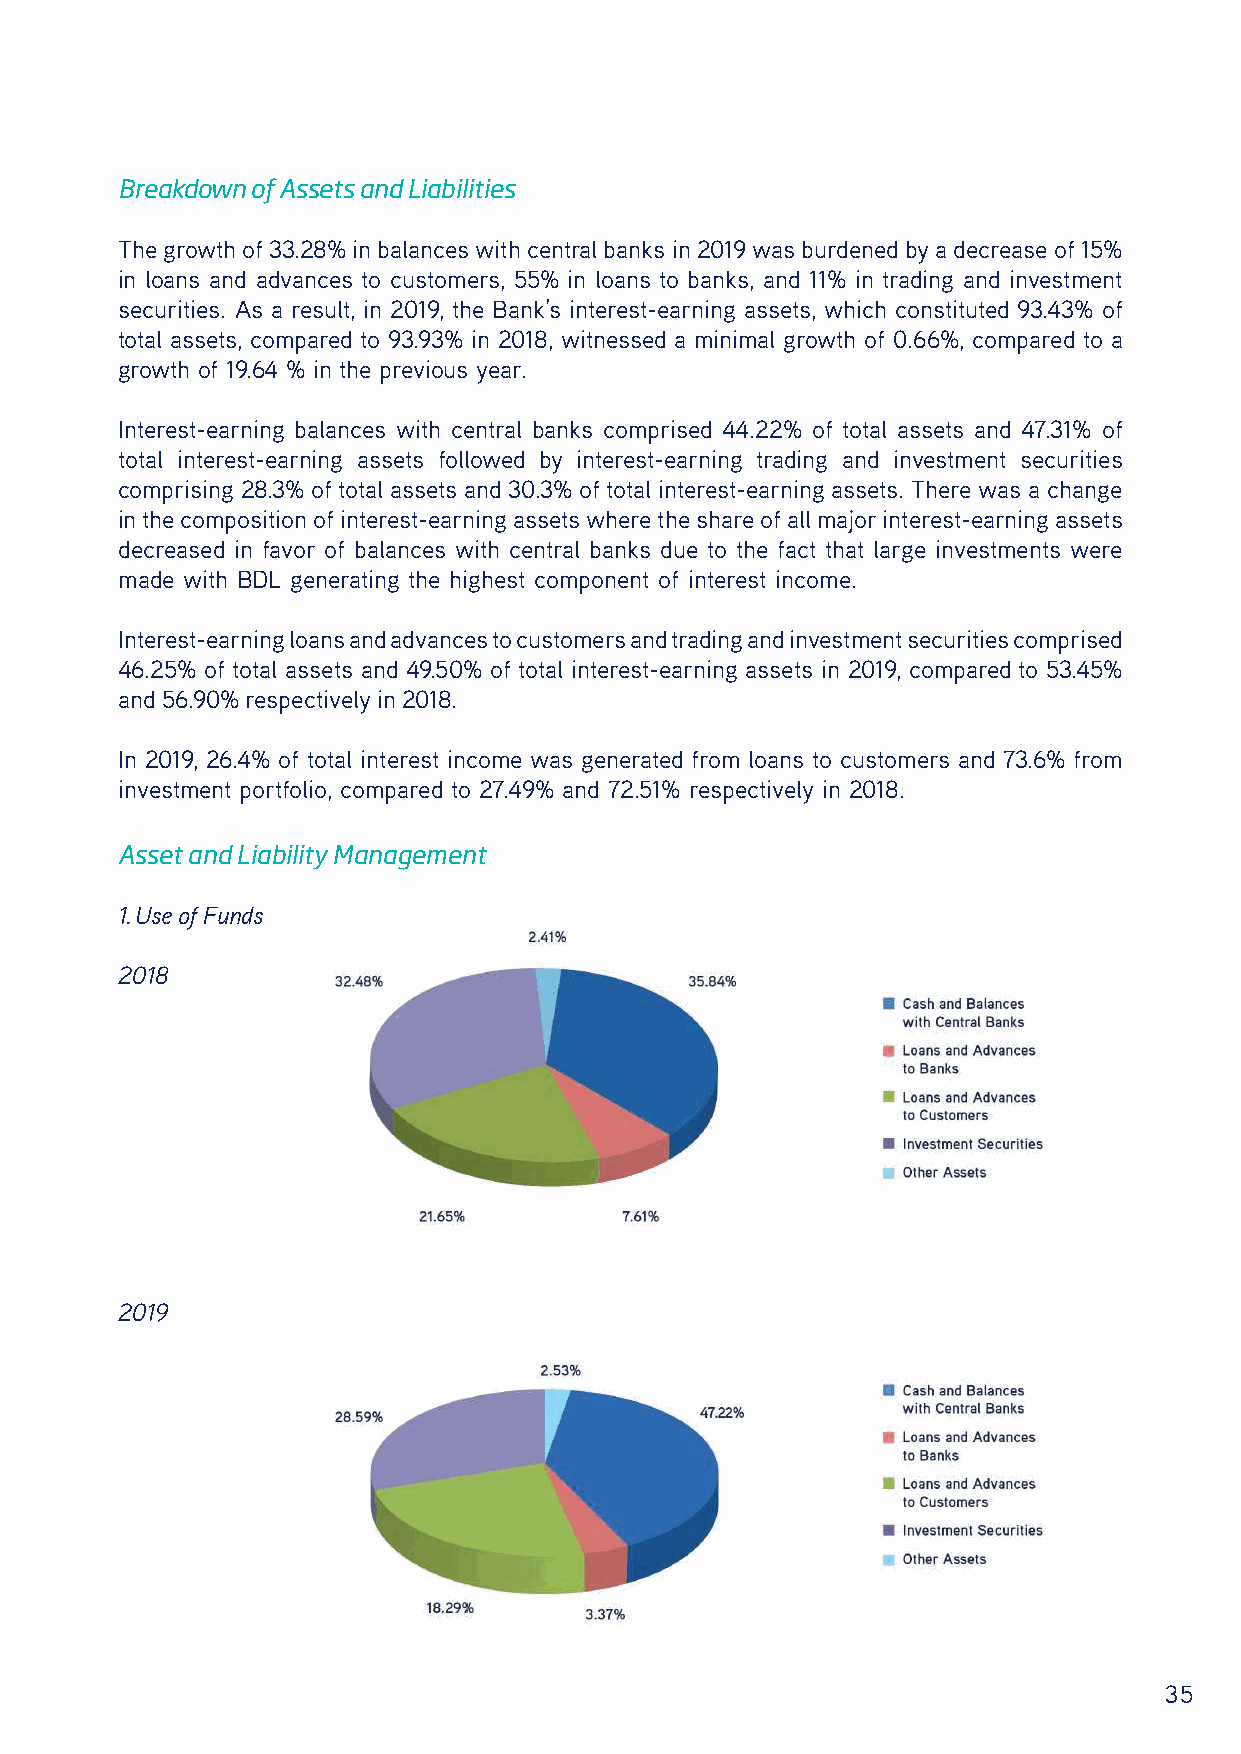
Breakdown of Assets and Liabilities
 The growth of 33.28% in balances with central banks in 2019 was burdened by a decrease of 15%
 in loans and advances to customers, 55% in loans to banks, and 11% in trading and investment
 securities. As a result, in 2019, the Bank’s interest-earning assets, which constituted 93.43% of
 total assets, compared to 93.93% in 2018, witnessed a minimal growth of 0.66%, compared to a
 growth of 19.64 % in the previous year.
 Interest-earning balances with central banks comprised 44.22% of total assets and 47.31% of
 total interest-earning assets followed by interest-earning trading and investment securities
 comprising 28.3% of total assets and 30.3% of total interest-earning assets. There was a change
 in the composition of interest-earning assets where the share of all major interest-earning assets
 decreased in favor of balances with central banks due to the fact that large investments were
 made with BDL generating the highest component of interest income.
 Interest-earning loans and advances to customers and trading and investment securities comprised
 46.25% of total assets and 49.50% of total interest-earning assets in 2019, compared to 53.45%
 and 56.90% respectively in 2018.
 In 2019, 26.4% of total interest income was generated from loans to customers and 73.6% from
 investment portfolio, compared to 27.49% and 72.51% respectively in 2018.
 Asset and Liability Management
 1. Use of Funds
 2018
 2019
 35